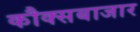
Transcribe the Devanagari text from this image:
कौक्सबाजार